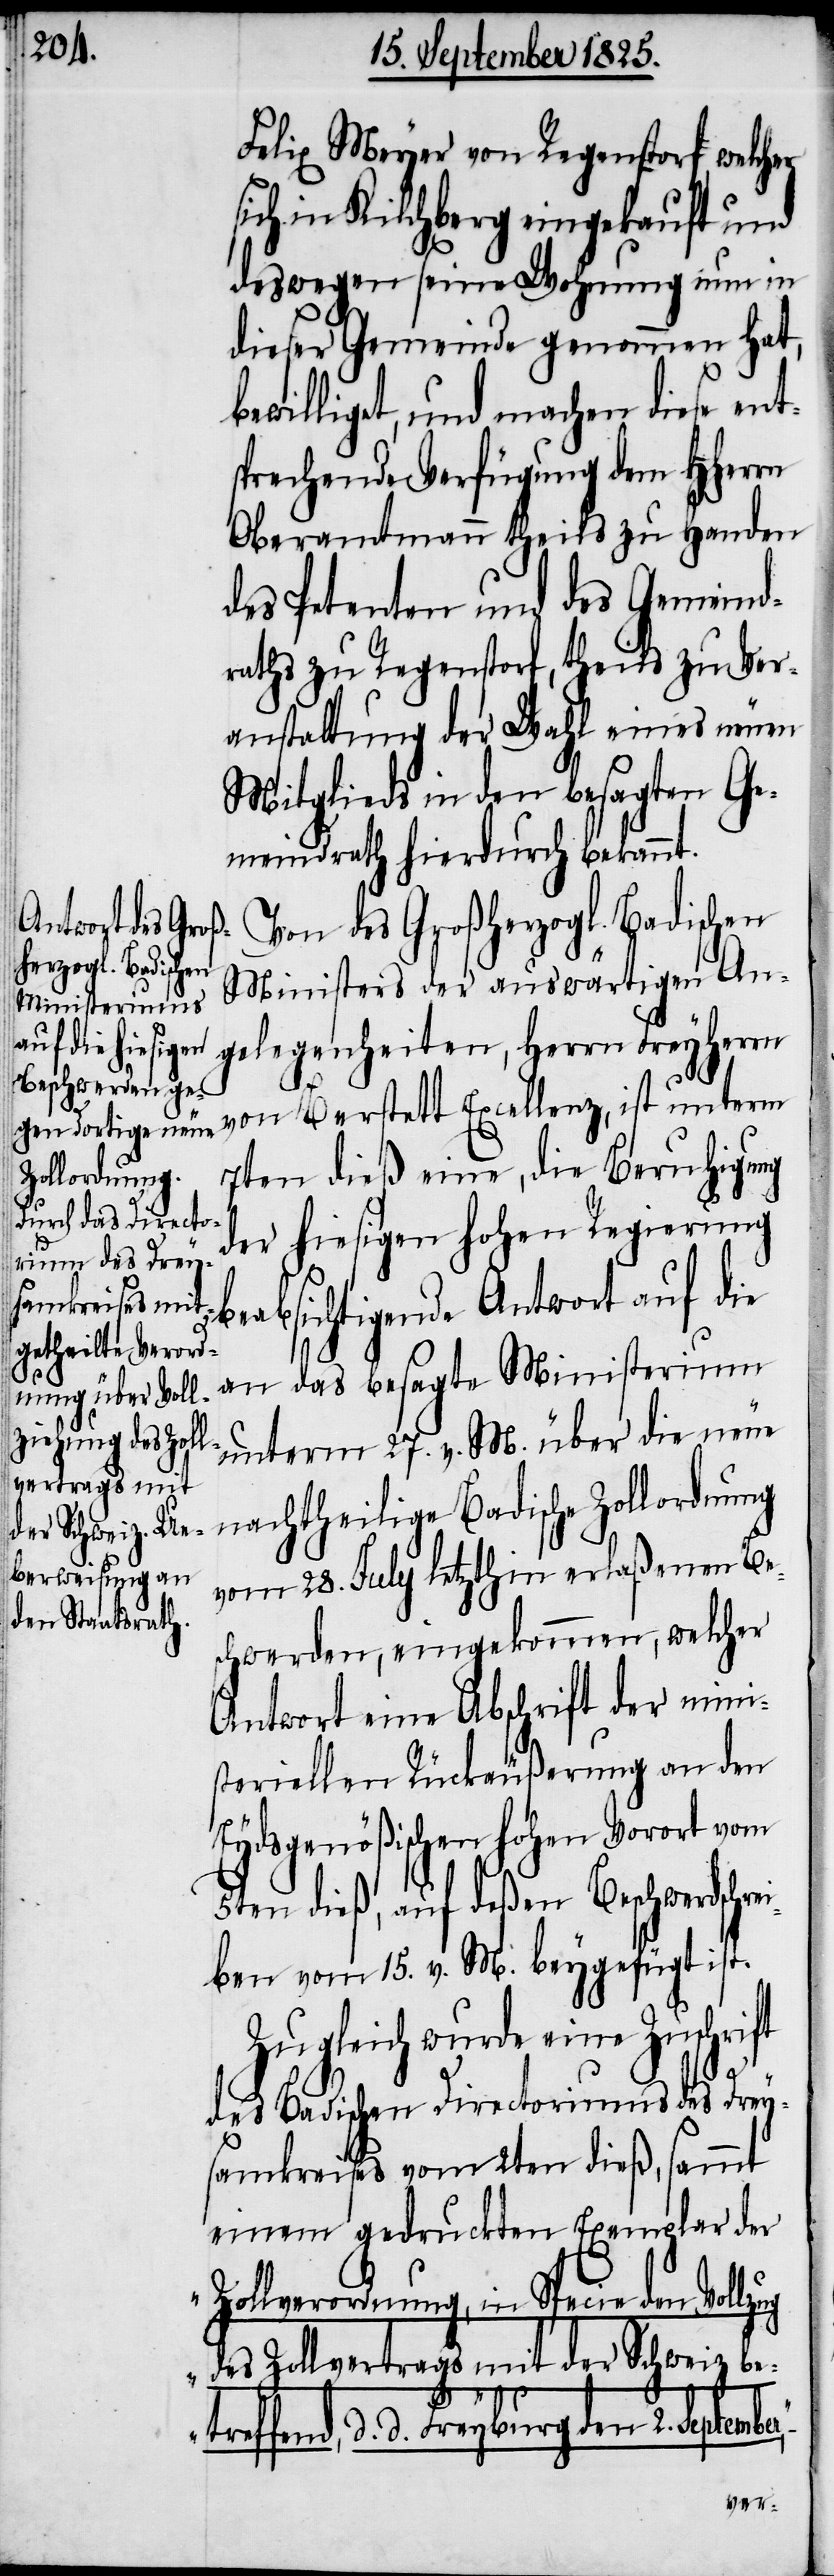
Felix Meyer von Regenstorf, welcher
sich in Kilchberg eingekauft und
deswegen seine Wohnung nun in
dieser Gemeinde genommen hat,
bewilliget, und machen diese ent¬
sprechende Verfügung dem HHerrn
Oberamtmann theils zu Handen
des Petenten und des Gemeind¬
raths zu Regenstorf, theils zu Ver¬
anstaltung der Wahl eines neuen
Mitglieds in den besagten Ge¬
meindrath hierdurch bekannt.
Von des Großherzogl. Badischen
Ministers der auswärtigen An¬
gelegenheiten, Herrn Freyherrn
7ten dieß eine, die Beruhigung
der hiesigen hohen Regierung
samkreises vom
beabsichtigende Antwort auf die
an das besagte Ministerium
unterm 27. v. M. über die neue
nachtheilige Badische Zollordnung
vom 28. July letzthin erlaßenen Be¬
schwerden, eingekommen, welcher
Antwort eine Abschrift der mini¬
steriellen Rückäußerung an den
Eydsgenößischen hohen Vorort vom
5ten dieß, auf deßen Beschwerdschrei¬
ben vom 15. v. M. beygefügt ist.
Zugleich wurde eine Zuschrift
des Badischen Directoriums des Drey¬
Zollverordnung, in Specie den
des Zollvertrags mit der Schweiz be¬
fend, d. d. Freyburg den 2. Septem¬
ber“,